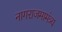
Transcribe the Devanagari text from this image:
नागराजमामंत्र्य